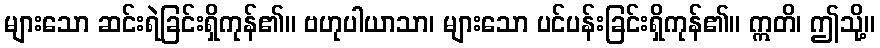
များသော ဆင်းရဲခြင်းရှိကုန်၏။ ဗဟုပါယာသာ၊ များသော ပင်ပန်းခြင်းရှိကုန်၏။ ဣတိ၊ ဤသို့။